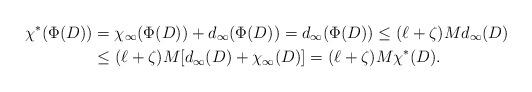
LaTeX: \begin{align*}\chi^*(\Phi(D)) & = \chi_\infty(\Phi(D)) + d_\infty(\Phi(D)) = d_\infty(\Phi(D)) \le (\ell + \zeta)Md_\infty(D)\\& \le (\ell + \zeta)M [d_\infty(D)+\chi_\infty(D)] = (\ell + \zeta)M\chi^*(D).\end{align*}